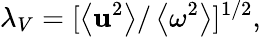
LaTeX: \lambda_{V}=[\left<\mathbf{u}^{2}\right>/\left<\omega^{2}\right>]^{1/2},